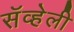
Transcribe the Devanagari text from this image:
सॅव्हेली